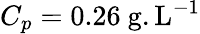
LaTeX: C_{p}=0.26~\mathrm{g.L^{-1}}